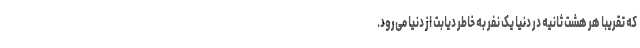
که تقریبا هر هشت ثانیه در دنیا یک نفر به خاطر دیابت از دنیا می‌رود.